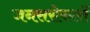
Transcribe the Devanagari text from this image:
जनसरोकारों